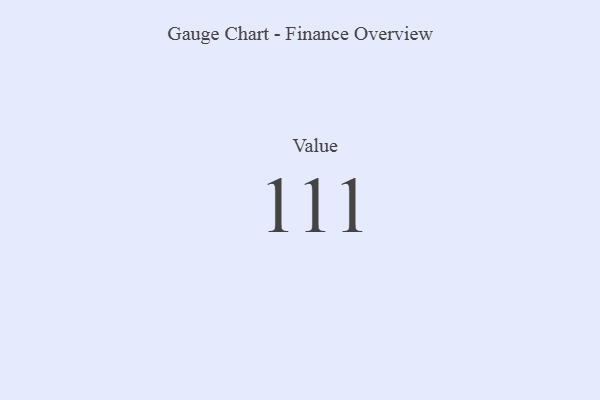
{"axis": {"x": "Metric", "y": "Value"}, "legend": [""], "data": [{"x": "Value", "y": 111, "type": ""}]}